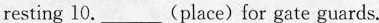
resting 10.___(place)for gate guards.